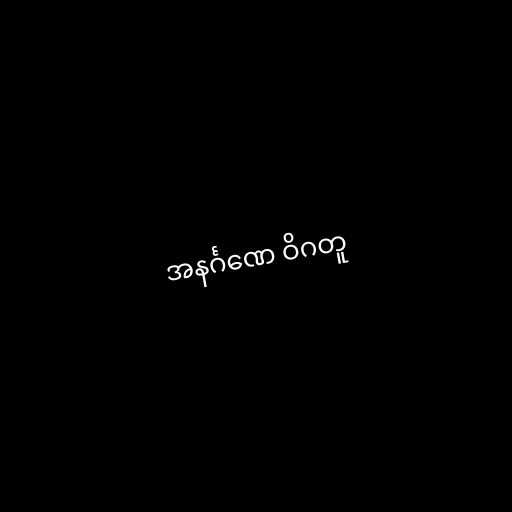
အနင်္ဂဏေ ဝိဂတူ